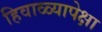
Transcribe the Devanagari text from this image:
हिवाळ्यापेक्षा